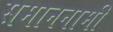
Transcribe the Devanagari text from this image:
समाननामी